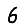
Digit: 6